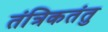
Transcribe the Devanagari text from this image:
तंत्रिकतंतु